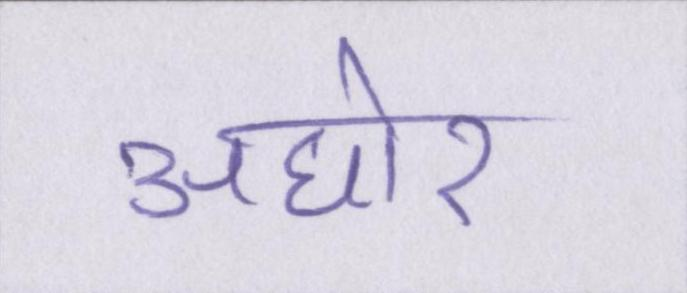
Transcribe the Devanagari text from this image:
अघोर